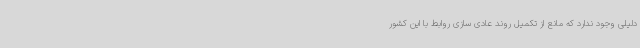
دلیلی وجود ندارد که مانع از تکمیل روند عادی سازی روابط با این کشور